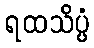
ရထသိပ္ပံ